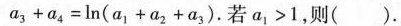
a _ { 3 } + a _ { 4 } = l n ( a _ { 1 } + a _ { 2 } + a _ { 3 } )$$.若$$a _ { 1 } > 1$$,则( ).